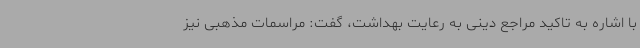
با اشاره به تاکید مراجع دینی به رعایت بهداشت، گفت: مراسمات مذهبی نیز